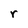
Character: r